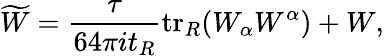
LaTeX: \widetilde{W}=\frac{\tau}{64\pi it_{R}}\mathrm{tr}_{R}(W_{\alpha}W^{\alpha})+W,